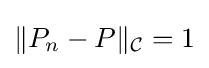
\|P_{n}-P\|_{\mathcal {C}}=1